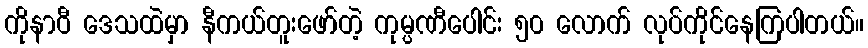
ကိုနာဝီ ဒေသထဲမှာ နီကယ်တူးဖော်တဲ့ ကုမ္ပဏီပေါင်း ၅၀ လောက် လုပ်ကိုင်နေကြပါတယ်။